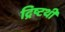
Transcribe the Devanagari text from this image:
द्रिष्टथी